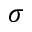
\sigma